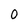
Character: 0